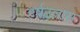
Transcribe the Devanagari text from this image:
हर्षउल्लास